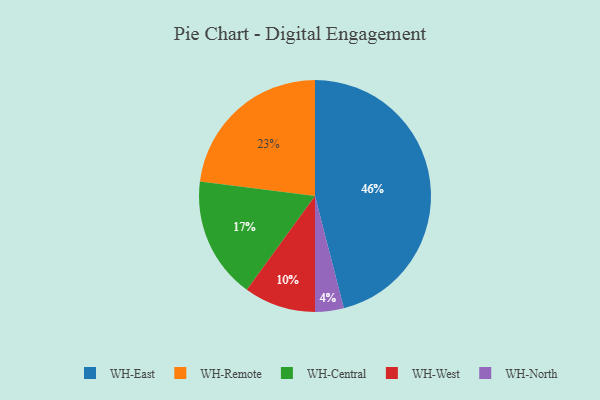
{"axis": {"x": "Category", "y": "Percentage"}, "legend": ["WH-Central", "WH-East", "WH-North", "WH-Remote", "WH-West"], "data": [{"x": "WH-North", "y": 4, "type": "WH-North"}, {"x": "WH-East", "y": 46, "type": "WH-East"}, {"x": "WH-West", "y": 10, "type": "WH-West"}, {"x": "WH-Central", "y": 17, "type": "WH-Central"}, {"x": "WH-Remote", "y": 23, "type": "WH-Remote"}]}